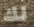
لك